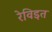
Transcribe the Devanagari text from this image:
रेविइत